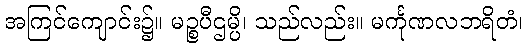
အကြင်ကျောင်း၌။ မဉ္စပီဌမ္ပိ၊ သည်လည်း။ မင်္ကုဏလဘရိတံ၊